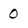
Character: 0